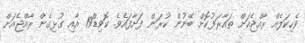
ވެހިކަލެއް ރާއްޖެއަށް ތައާރަފުކޮށް ބޭނުން ކުރަން ފަށާފައެވެ. ކޮވިޑް19 އާއި ގުޅިގެން ރާއްޖެއަށް